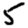
Digit: 5